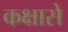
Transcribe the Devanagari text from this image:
कक्षासे